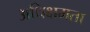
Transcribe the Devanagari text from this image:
अधिक्षमता